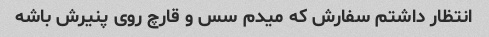
انتظار داشتم سفارش که میدم سس و قارچ روی پنیرش باشه